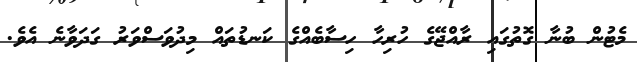
މެޓުން ބުނާ ގޮތުގައި ރާއްޖޭގެ ހުރިހާ ހިސާބެއްގެ ކަނޑުތައް މިދުވަސްވަރު ގަދަވާނެ އެވެ.